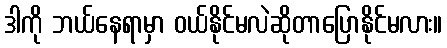
ဒါကို ဘယ်နေရာမှာ ဝယ်နိုင်မလဲဆိုတာပြောနိုင်မလား။